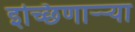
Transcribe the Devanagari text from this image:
इच्छिणाऱ्र्‍या